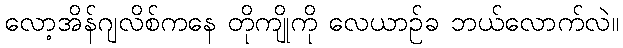
လော့အိန်ဂျလိစ်ကနေ တိုကျိုကို လေယာဉ်ခ ဘယ်လောက်လဲ။